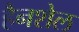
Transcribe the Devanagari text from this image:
हैनशेल